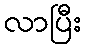
လာပြီး